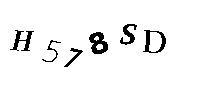
H578SD